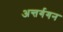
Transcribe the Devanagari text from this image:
अन्तर्गगन